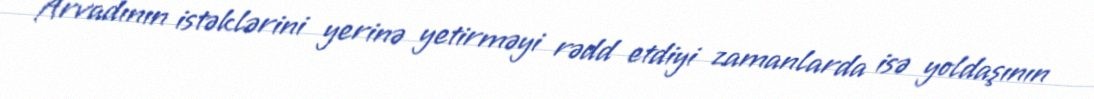
Arvadının istəklərini yerinə yetirməyi rədd etdiyi zamanlarda isə yoldaşının